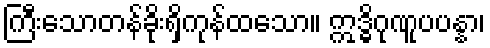
ကြီးသောတန်ခိုးရှိကုန်ထသော။ ဣဒ္ဓိဂုဏူပပန္နာ၊